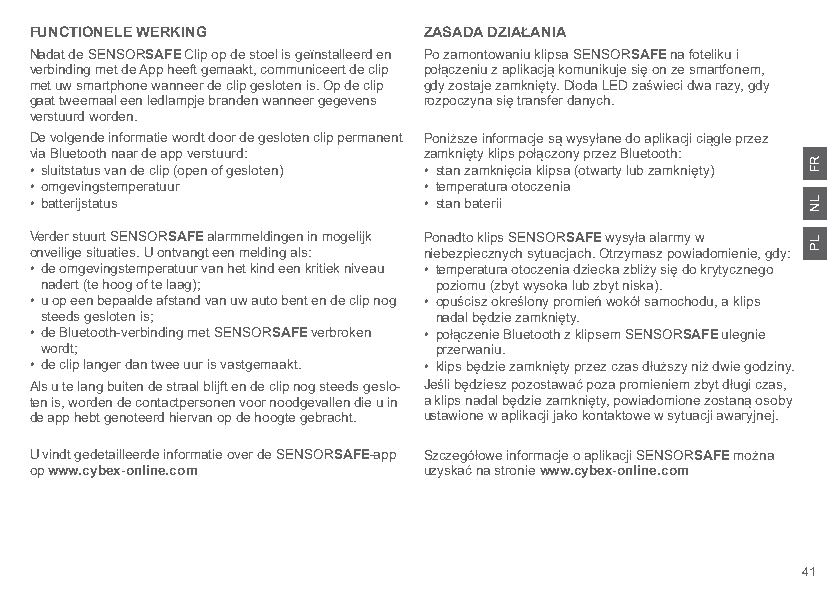
FUNCTIONELE WERKING       ZASADA DZIAŁANIA
 Nadat de SENSORSAFE Clip op de stoel is geïnstalleerd en Po zamontowaniu klipsa SENSORSAFE na foteliku i
 verbinding met de App heeft gemaakt, communiceert de clip połączeniu z aplikacją komunikuje się on ze smartfonem,
 met uw smartphone wanneer de clip gesloten is. Op de clip gdy zostaje zamknięty. Dioda LED zaświeci dwa razy, gdy
 gaat tweemaal een ledlampje branden wanneer gegevens rozpoczyna się transfer danych.
 verstuurd worden.
 De volgende informatie wordt door de gesloten clip permanent Poniższe informacje są wysyłane do aplikacji ciągle przez
 via Bluetooth naar de app verstuurd: zamknięty klips połączony przez Bluetooth:
 • sluitstatus van de clip (open of gesloten) • stan zamknięcia klipsa (otwarty lub zamknięty)
 • omgevingstemperatuur    • temperatura otoczenia
 • batterijstatus          • stan baterii
 Verder stuurt SENSORSAFE alarmmeldingen in mogelijk Ponadto klips SENSORSAFE wysyła alarmy w
 onveilige situaties. U ontvangt een melding als: niebezpiecznych sytuacjach. Otrzymasz powiadomienie, gdy:
 • de omgevingstemperatuur van het kind een kritiek niveau • temperatura otoczenia dziecka zbliży się do krytycznego
 nadert (te hoog of te laag); poziomu (zbyt wysoka lub zbyt niska).
 • u op een bepaalde afstand van uw auto bent en de clip nog • opuścisz określony promień wokół samochodu, a klips
 steeds gesloten is;       nadal będzie zamknięty.
 • de Bluetooth-verbinding met SENSORSAFE verbroken • połączenie Bluetooth z klipsem SENSORSAFE ulegnie
 wordt;                    przerwaniu.
 • de clip langer dan twee uur is vastgemaakt. • klips będzie zamknięty przez czas dłuższy niż dwie godziny.
 Als u te lang buiten de straal blijft en de clip nog steeds geslo- Jeśli będziesz pozostawać poza promieniem zbyt długi czas,
 ten is, worden de contactpersonen voor noodgevallen die u in a klips nadal będzie zamknięty, powiadomione zostaną osoby
 de app hebt genoteerd hiervan op de hoogte gebracht. ustawione w aplikacji jako kontaktowe w sytuacji awaryjnej.
 U vindt gedetailleerde informatie over de SENSORSAFE-app Szczegółowe informacje o aplikacji SENSORSAFE można
 op www.cybex-online.com   uzyskać na stronie www.cybex-online.com
 41
 RF
 LN
 LP